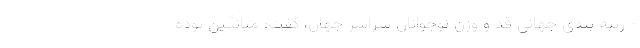
- رتبه بندی جهانی قد و وزن نوجوانان سراسر جهان، گفت: میانگین توده